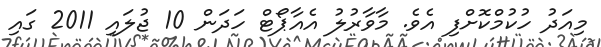
މިއަދު ހުކުމްކޮށްފި އެވެ. މާވާރުލު އެއާޕޯޓް ހަދަން 10 ޖުލައި 2011 ގައި